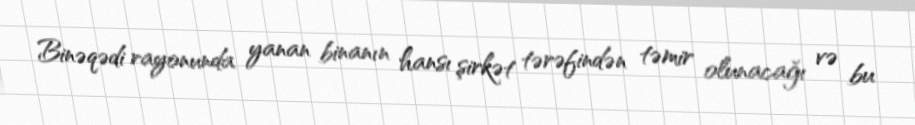
Binəqədi rayonunda yanan binanın hansı şirkət tərəfindən təmir olunacağı və bu